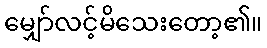
မျှော်လင့်မိသေးတော့၏။